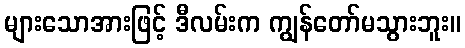
များသောအားဖြင့် ဒီလမ်းက ကျွန်တော်မသွားဘူး။